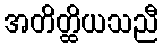
အတိတ္ထိယသညီ